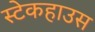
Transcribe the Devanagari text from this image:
स्टेकहाउस